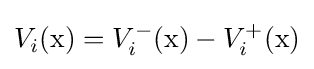
V_{i}(\mathrm {x} )=V_{i}^{-}(\mathrm {x} )-V_{i}^{+}(\mathrm {x} )